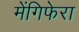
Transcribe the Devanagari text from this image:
मेंगिफेरा